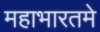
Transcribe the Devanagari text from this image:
महाभारतमे